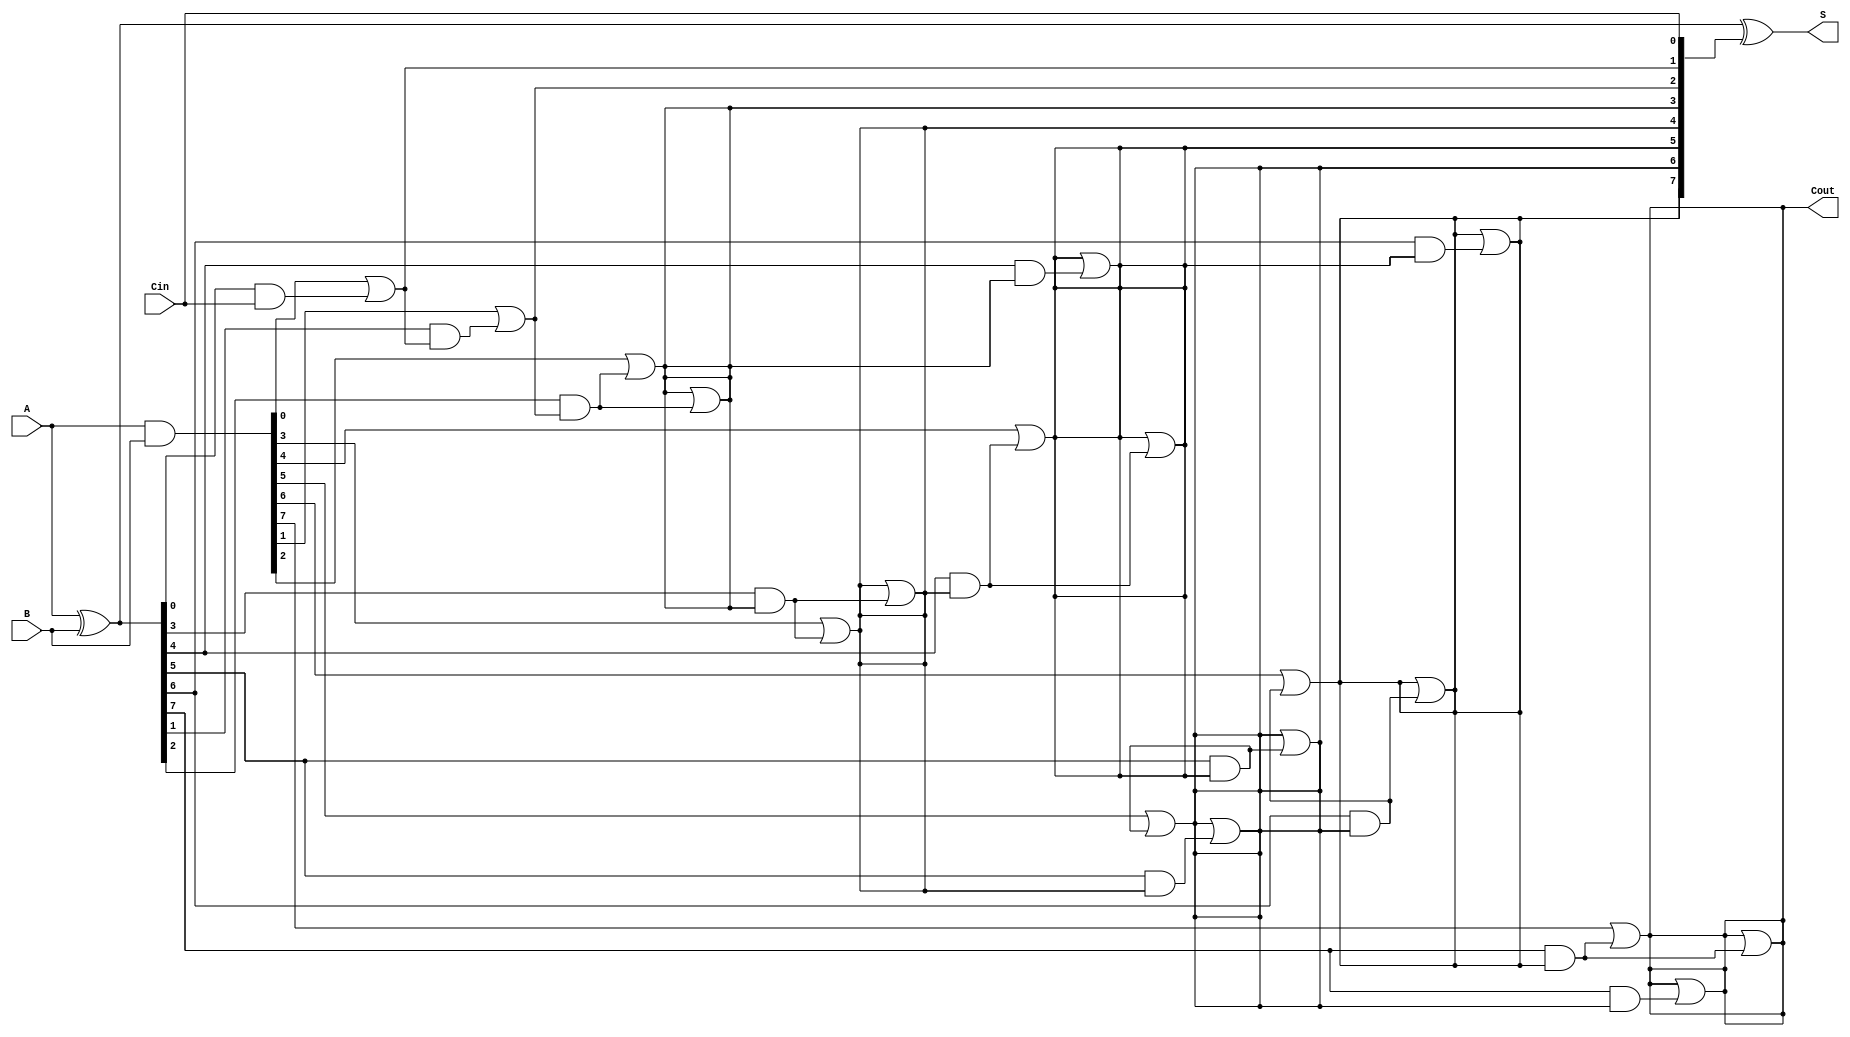
module KoggeStoneAdder #(
    parameter N = 8  // Width of the adder
)(
    input  [N-1:0] A,   // First input
    input  [N-1:0] B,   // Second input
    input         Cin,   // Carry in
    output [N-1:0] S,    // Sum output
    output        Cout    // Carry out
);

    // Internal signals for propagate and generate
    wire [N-1:0] P; // Propagate
    wire [N-1:0] G; // Generate
    wire [N-1:0] C; // Carry bits

    // Generate propagate and generate signals
    assign P = A ^ B; // P[i] = A[i] ^ B[i]
    assign G = A & B; // G[i] = A[i] & B[i]

    // Carry generation using the Kogge-Stone logic
    genvar i, j;
    generate
        // Stage 0: Initial carry with Cin
        assign C[0] = G[0] | (P[0] & Cin);
        
        // Stage 1 to log2(N) stages
        for (i = 1; i < N; i = i + 1) begin: stage
            assign C[i] = G[i] | (P[i] & C[i-1]);
        end

        // Additional stages for Kogge-Stone
        for (j = 1; (1 << j) < N; j = j + 1) begin: KSA_stages
            for (i = 0; i < N; i = i + 1) begin: inner
                if (i >= (1 << j)) begin
                    assign C[i] = C[i] | (P[i] & C[i - (1 << (j-1))]);
                end
            end
        end
    endgenerate

    // Sum calculation
    assign S = P ^ {C[N-2:0], Cin}; // S[i] = P[i] ^ C[i-1]

    // Carry out is the last carry bit
    assign Cout = C[N-1];

endmodule